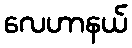
လေဟာနယ်